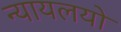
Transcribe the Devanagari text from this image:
न्यायलयो